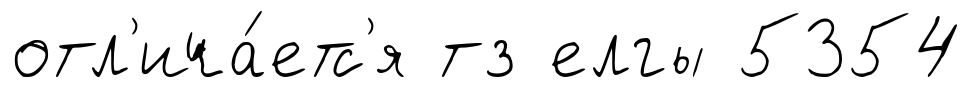
отл'ича́етс'я тз елгы 5354